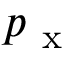
p _ { \mathrm { ~ x ~ } }